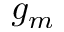
g _ { m }